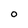
Character: o